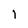
Character: 1